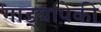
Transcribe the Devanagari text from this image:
गाड्यांपेकी